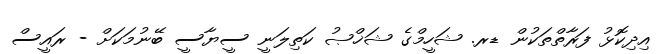
އިދިކޮޅު ފަރާތްތަކުން ޑރ. ޝަހީމްގެ ޝަޚްޞު ކަތިލަނީ ސީޔާސީ ބޭނުމަކަށް - ރައީސް